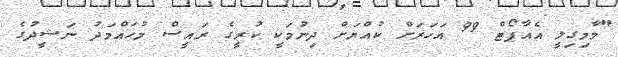
"މާމިގިލީ އެއާޕޯޓް 99 އަހަރަށް ކުއްޔަށް ދިނުމަކީ ކުރީގެ ރައީސް މުހައްމަދު ނަޝީދުގެ